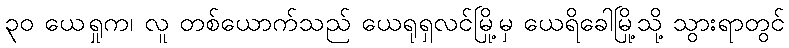
၃၀ ယေရှုက၊ လူ တစ်ယောက်သည် ယေရုရှလင်မြို့မှ ယေရိခေါမြို့သို့ သွားရာတွင်